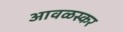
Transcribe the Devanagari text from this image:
आवळस्कर